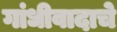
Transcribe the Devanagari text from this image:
गांधीवादाचे